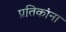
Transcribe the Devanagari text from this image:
प्रतिकांना